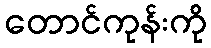
တောင်ကုန်းကို